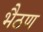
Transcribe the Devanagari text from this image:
भैठण